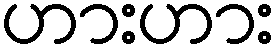
ဟားဟား